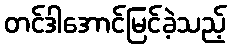
တင်ဒါအောင်မြင်ခဲ့သည့်